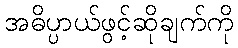
အဓိပ္ပာယ်ဖွင့်ဆိုချက်ကို